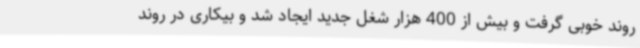
روند خوبی گرفت و بیش از 400 هزار شغل جدید ایجاد شد و بیکاری در روند